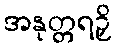
အနုတ္တရဉှိ